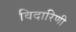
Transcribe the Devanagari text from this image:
विदारिणी